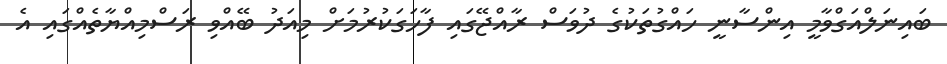
ބައިނަލްއަގްވާމީ އިންސާނީ ހައްގުތަކުގެ ދުވަސް ރާއްޖޭގައި ފާހަގަކުރުމަށް މިއަދު ބޭއްވި ރަސްމިއްޔާތެއްގައި އެ